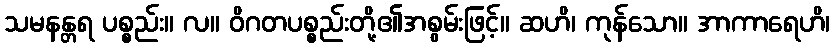
သမနန္တရ ပစ္စည်း။ လ။ ဝိဂတပစ္စည်းတို့၏အစွမ်းဖြင့်။ ဆဟိ၊ ကုန်သော။ အာကာရေဟိ၊